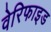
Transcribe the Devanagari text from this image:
वेरिफाइड